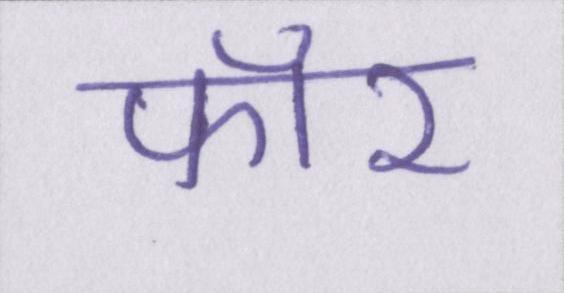
फॉर